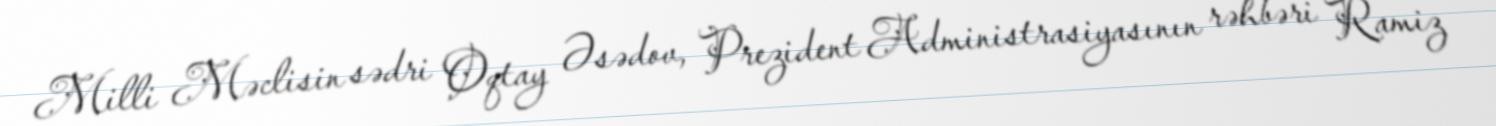
Milli Məclisin sədri Oqtay Əsədov, Prezident Administrasiyasının rəhbəri Ramiz